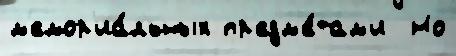
м'емор'иа́льных пр'едм'е́там'и  Но